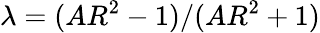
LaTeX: \lambda=(AR^{2}-1)/(AR^{2}+1)